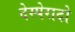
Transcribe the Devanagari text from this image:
देस्पेरादो